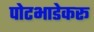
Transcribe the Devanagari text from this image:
पोटभाडेकरू